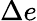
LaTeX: \Delta e